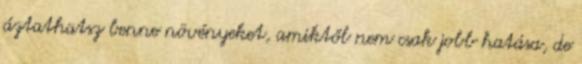
áztathatsz benne növényeket, amiktől nem csak jobb hatása, de